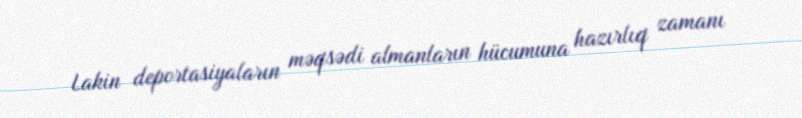
Lakin deportasiyaların məqsədi almanların hücumuna hazırlıq zamanı